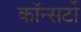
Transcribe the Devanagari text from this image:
कॉन्सर्टो